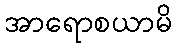
အာရောစယာမိ